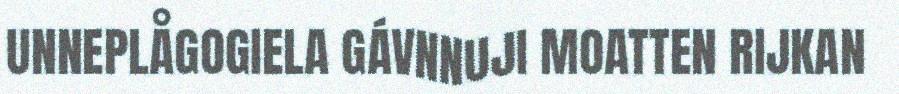
UNNEPLÅGOGIELA GÁVNNUJI MOATTEN RIJKAN